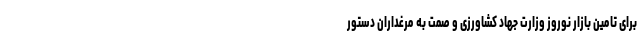
برای تامین بازار نوروز وزارت جهاد کشاورزی و صمت به مرغداران دستور